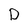
Character: D